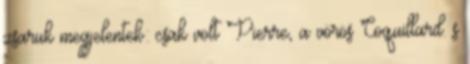
zsaruk megjelentek: csak volt Pierre, a vörös Coquillard. s